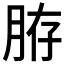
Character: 𦛊